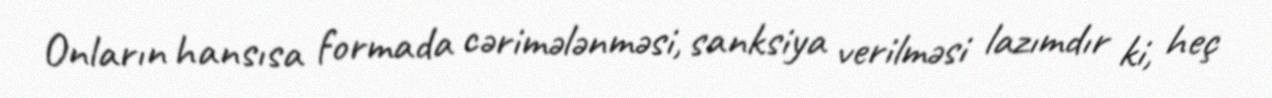
Onların hansısa formada cərimələnməsi, sanksiya verilməsi lazımdır ki, heç